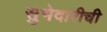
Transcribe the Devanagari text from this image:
सुभेदारीची